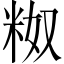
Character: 𬖗